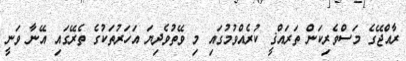
ރާއްޖޭގެ މަސްވެރިކަން ތަރައްޤީ ކުރެއްވުމުގައި މި ވޭތުވެދިޔަ އަހަރުތަކުގެ ތެރޭގައި އޭނާ ވަނީ